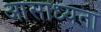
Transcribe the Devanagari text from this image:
आसाध्यता